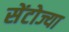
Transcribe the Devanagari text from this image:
सेंटोज्या